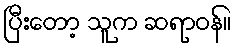
ပြီးတော့ သူက ဆရာဝန်။